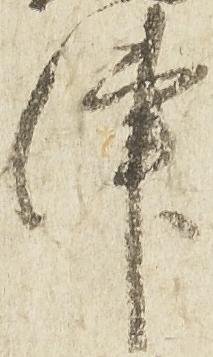
津